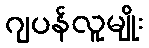
ဂျပန်လူမျိုး